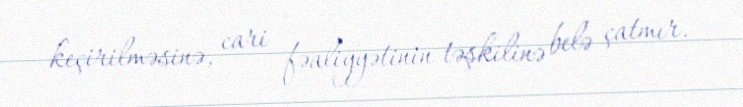
keçirilməsinə, cari fəaliyyətinin təşkilinə belə çatmır.